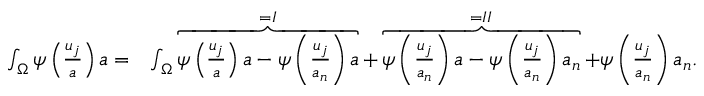
\begin{array} { r l } { \int _ { \Omega } \psi \left( \frac { u _ { j } } { a } \right) a = } & { \int _ { \Omega } \overbrace { \psi \left( \frac { u _ { j } } { a } \right) a - \psi \left( \frac { u _ { j } } { a _ { n } } \right) a } ^ { = I } + \overbrace { \psi \left( \frac { u _ { j } } { a _ { n } } \right) a - \psi \left( \frac { u _ { j } } { a _ { n } } \right) a _ { n } } ^ { = I I } + \psi \left( \frac { u _ { j } } { a _ { n } } \right) a _ { n } . } \end{array}